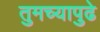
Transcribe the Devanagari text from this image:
तुमच्यापुढे